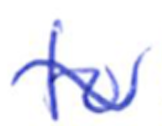
Text: to
Cross-out: wave
Writing tool: ballpoint